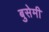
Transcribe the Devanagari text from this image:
बुसेमी